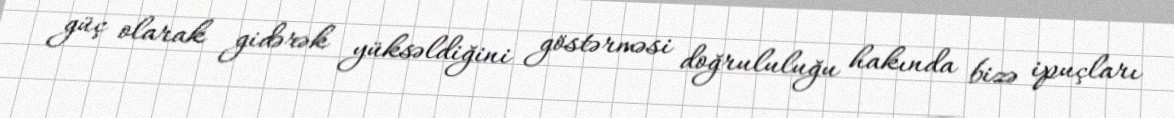
güç olarak gidərək yüksəldiğini göstərməsi doğrululuğu hakında bizə ipuçları